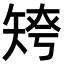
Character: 𥏤